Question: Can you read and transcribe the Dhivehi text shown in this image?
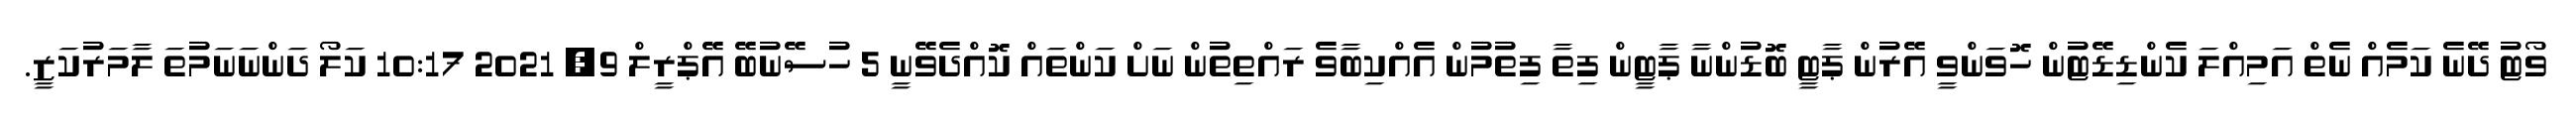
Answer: ވޯޓު ދޭނެ ކަމެއް ނެތް އަމިއްލަ ކެންޑިޑޭޓުން ހޮވަންވީ އޭރުން ޕާޓީ ބޮޑުންނާ ޕާޓީން ފިތާ ފިތުމުން އެއްކިބާވެ ރައްތިތުން ނަށް ކަންތައް ކޮއްދެވޭނީ 5 ހުސޭނުބޭ އޭޕްރީލް 9, 2021 10:17 ކަލޯ ދަންނަނަމުތަ ލާމަރުކަޒީ.